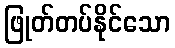
ဖြုတ်တပ်နိုင်သော